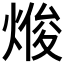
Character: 𭵘